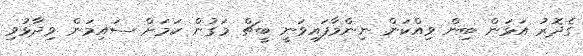
ގެދޮރު އަޅަން ބިން ވިއްކަން ނިންމާފައިވަނީ ބީޗް މަގުން ކަމަށް ސައިމަން ވިދާޅުވި